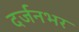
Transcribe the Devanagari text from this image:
दर्जनभर